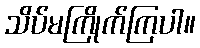
သိပ်မကြိုက်ကြပါ။